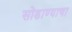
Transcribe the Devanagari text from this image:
सोडाण्याचा